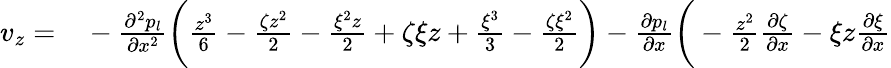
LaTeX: \begin{array}{rl}{v_{z}=}&{{}-\frac{\partial^{2}p_{l}}{\partial x^{2}}\bigg(\frac{z^{3}}{6}-\frac{\zeta z^{2}}{2}-\frac{\xi^{2}z}{2}+\zeta\xi z+\frac{\xi^{3}}{3}-\frac{\zeta\xi^{2}}{2}\bigg)-\frac{\partial p_{l}}{\partial x}\bigg(-\frac{z^{2}}{2}\frac{\partial\zeta}{\partial x}-\xi z\frac{\partial\xi}{\partial x}}\end{array}